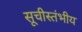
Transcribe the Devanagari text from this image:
सूचीस्तंभीय